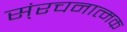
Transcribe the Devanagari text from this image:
स्ंरचनात्मक